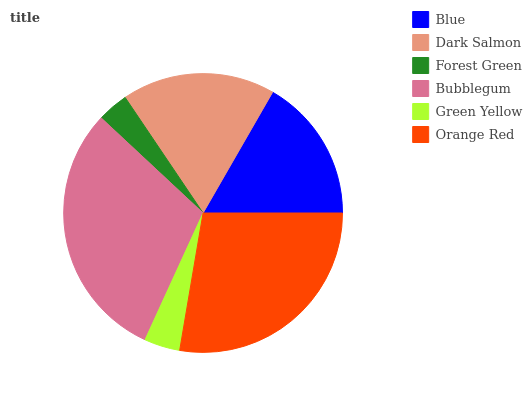
| Blue | Dark Salmon | Forest Green | Bubblegum | Green Yellow | Orange Red |
 | --- | --- | --- | --- | --- | --- |
 | 16.7% | 17.8% | 3.61% | 30.1% | 4.15% | 27.7% |